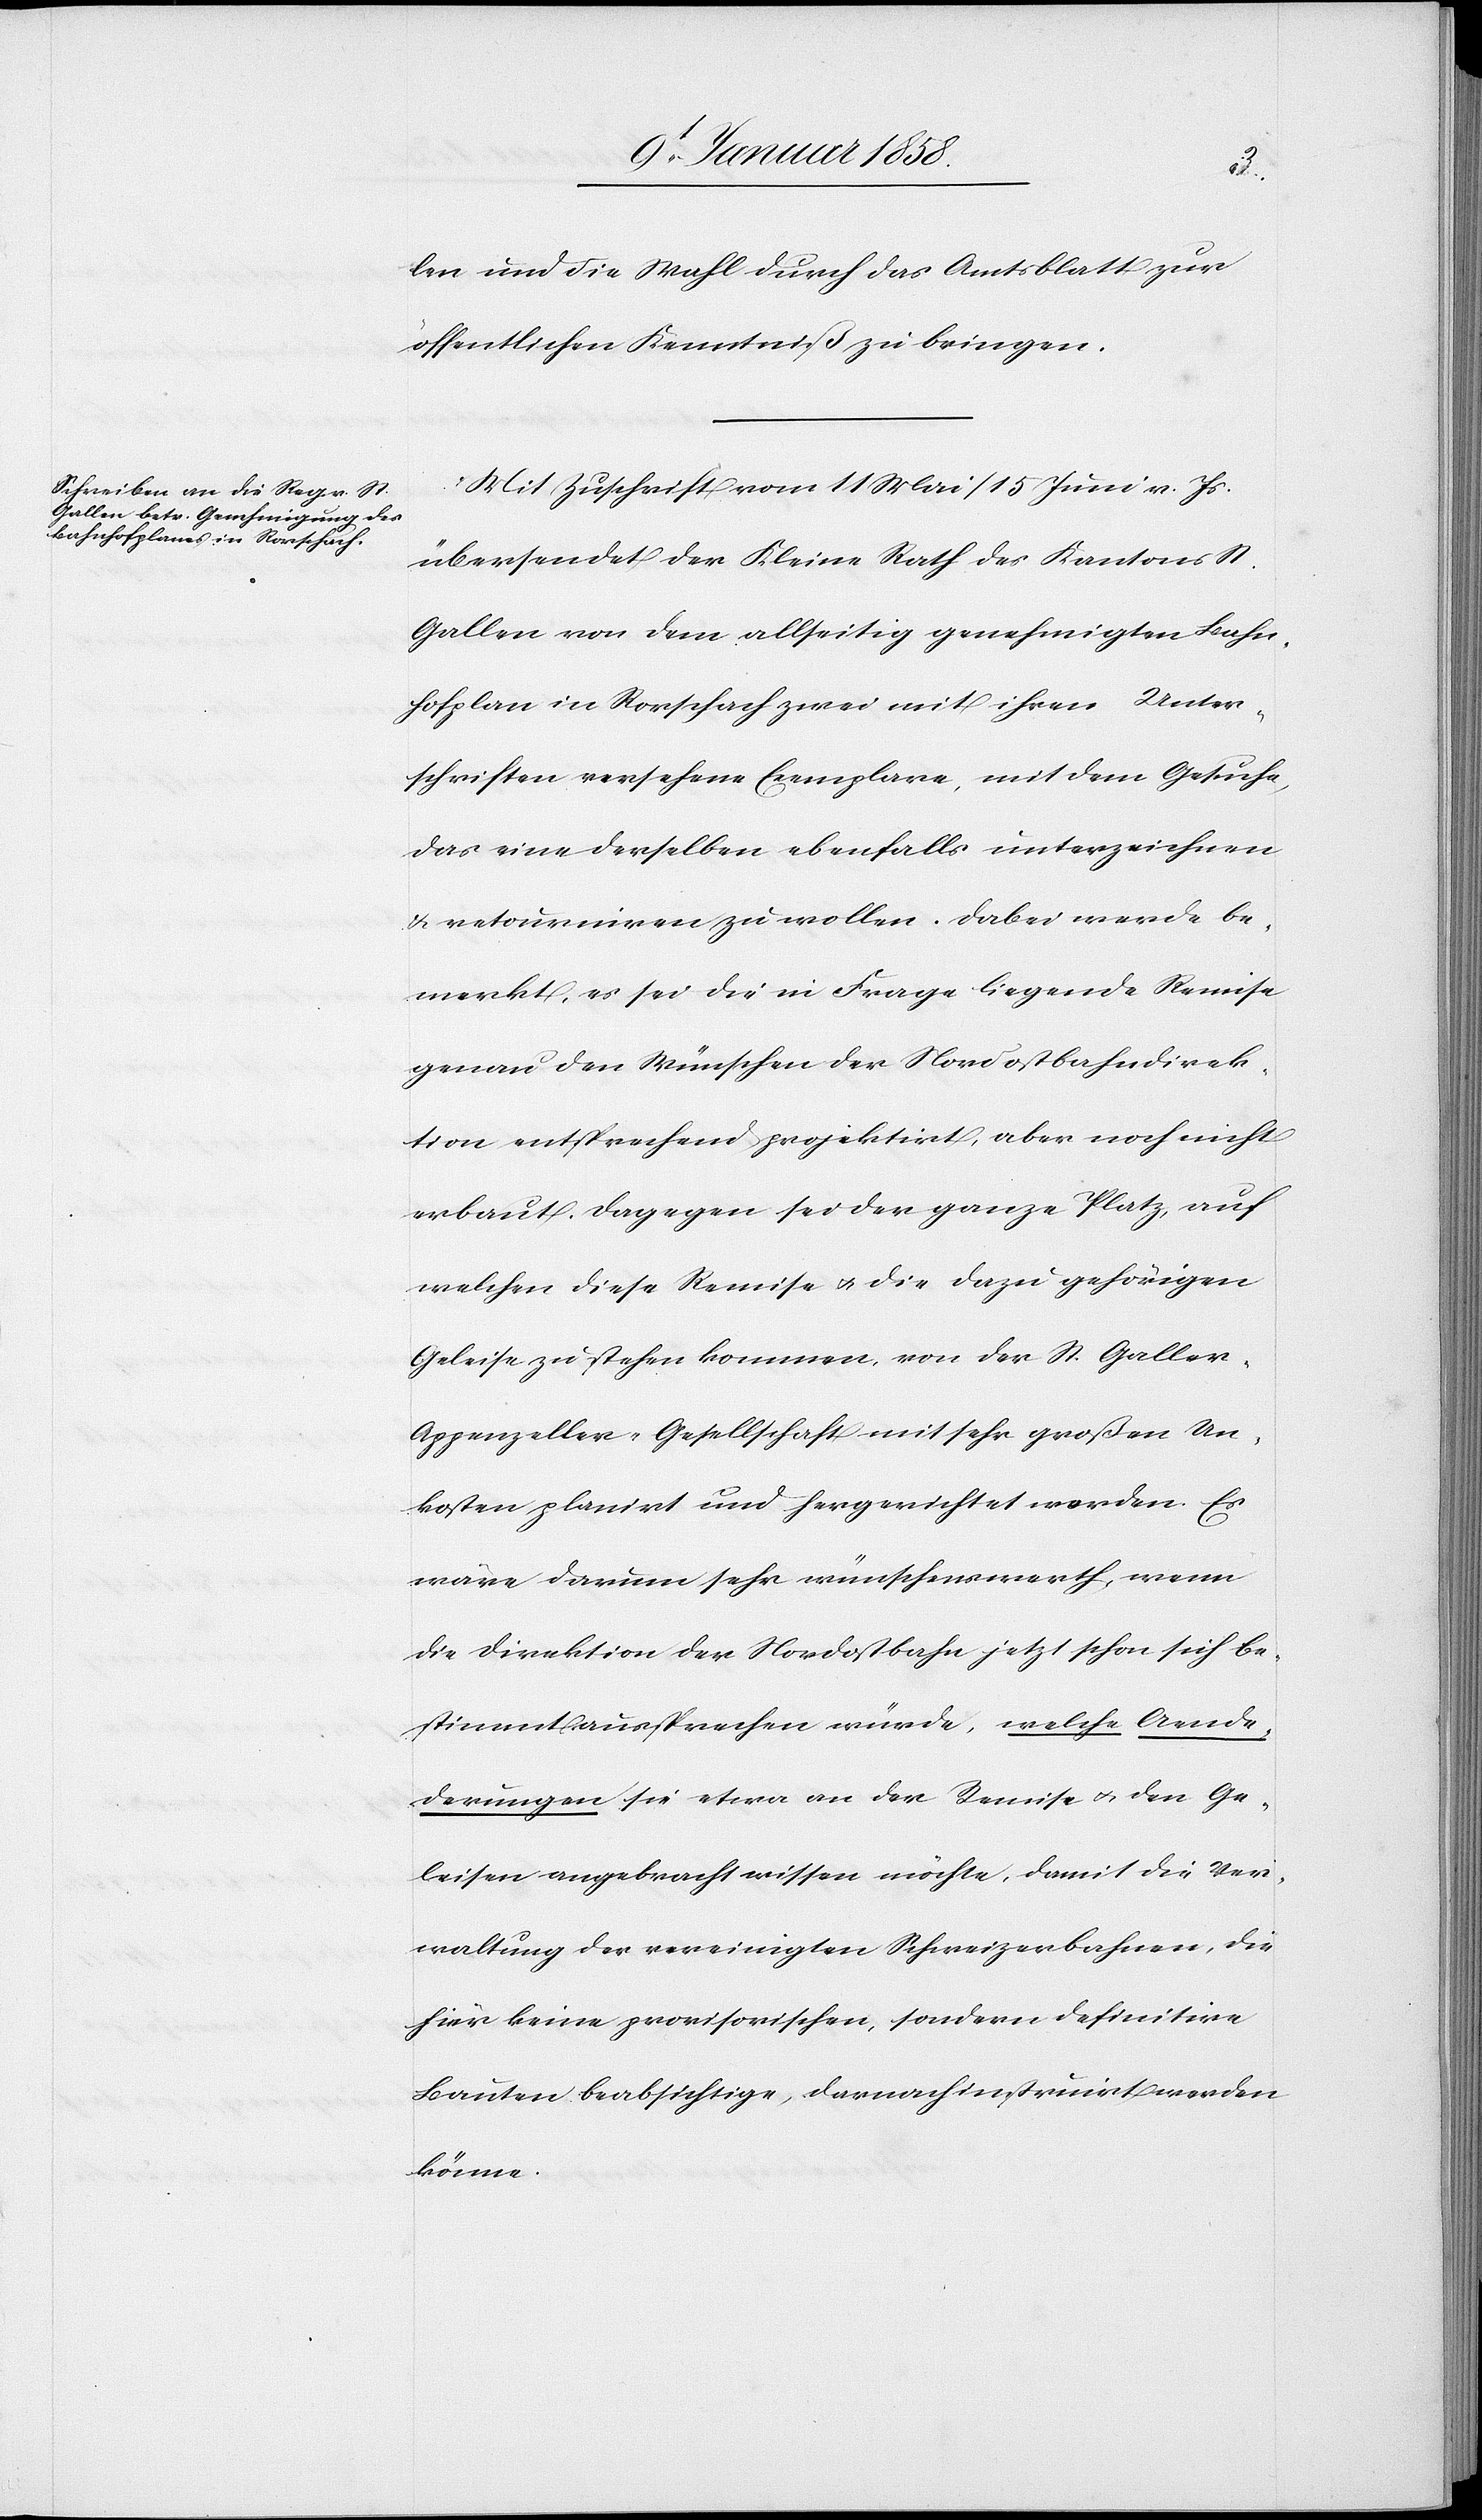
len und die Wahl durch das Amstblatt zur
öffentlichen Kenntniß zu bringen.
Mit Zuschrift vom 11 Mai/15 Juni v. Js.
übersendet der Kleine Rath des Kantons St.
Gallen von dem allseitig genehmigten Bahn¬
hofplan in Rorschach zwei mit ihren Unter¬
schriften versehene Exemplare, mit dem Gesuche,
das eine derselben ebenfalls unterzeichnen
u. retourniren zu wollen. Dabei werde be¬
merkt, es sei die in Frage liegende Remise
genau den Wünschen der Nordostbahndirek¬
tion entsprechend projektirt, aber noch nicht
erbaut. Dagegen sei der ganze Platz, auf
welchen diese Remise u. die dazu gehörigen
Geleise zu stehen kommen, von der St. Galle¬
r-Appenzeller-Gesellschaft mit sehr großen Un¬
kosten planirt und hergerichtet worden. Es
wäre darum sehr wünschenswerth, wenn
die Direktion der Nordostbahn jetzt schon sich be¬
stimmt aussprechen würde, welche Aende¬
derungen [sic!] sie etwa an der Remise u. den Ge¬
leisen angebracht wissen möchte, damit die Ver¬
waltung der vereinigten Schweizerbahnen, die
hier keine provisorischen, sondern definitive
Bauten beabsichtige, darnach instruirt werden
könne.